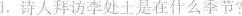
1. 诗人拜访李处士，是在什么季节？